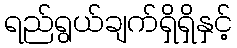
ရည်ရွယ်ချက်ရှိရှိနှင့်